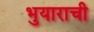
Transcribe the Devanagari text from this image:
भुयाराची